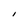
Character: I